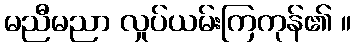
မညီမညာ လှုပ်ယမ်းကြကုန်၏ ။